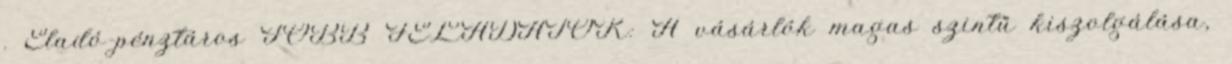
. Eladó-pénztáros FŐBB FELADATOK: A vásárlók magas szintű kiszolgálása,